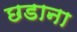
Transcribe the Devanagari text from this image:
छडाना